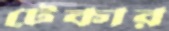
টেকার